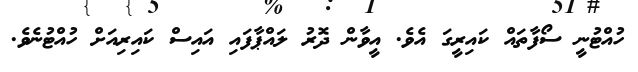
ހުއްޓުނީ ސޯފާތައް ކައިރީގަ އެވެ. އީވާން ދޮރު ލައްޕާފައި އައިސް ކައިރިއަށް ހުއްޓުނެވެ.